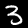
Digit: 3